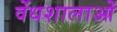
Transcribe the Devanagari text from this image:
वेंधशालाओं